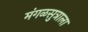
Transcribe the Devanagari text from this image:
मंगळसुत्राला